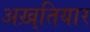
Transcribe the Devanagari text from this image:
अख़्तियार